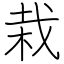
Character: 栽